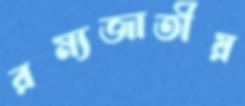
রম্যজাতীয়